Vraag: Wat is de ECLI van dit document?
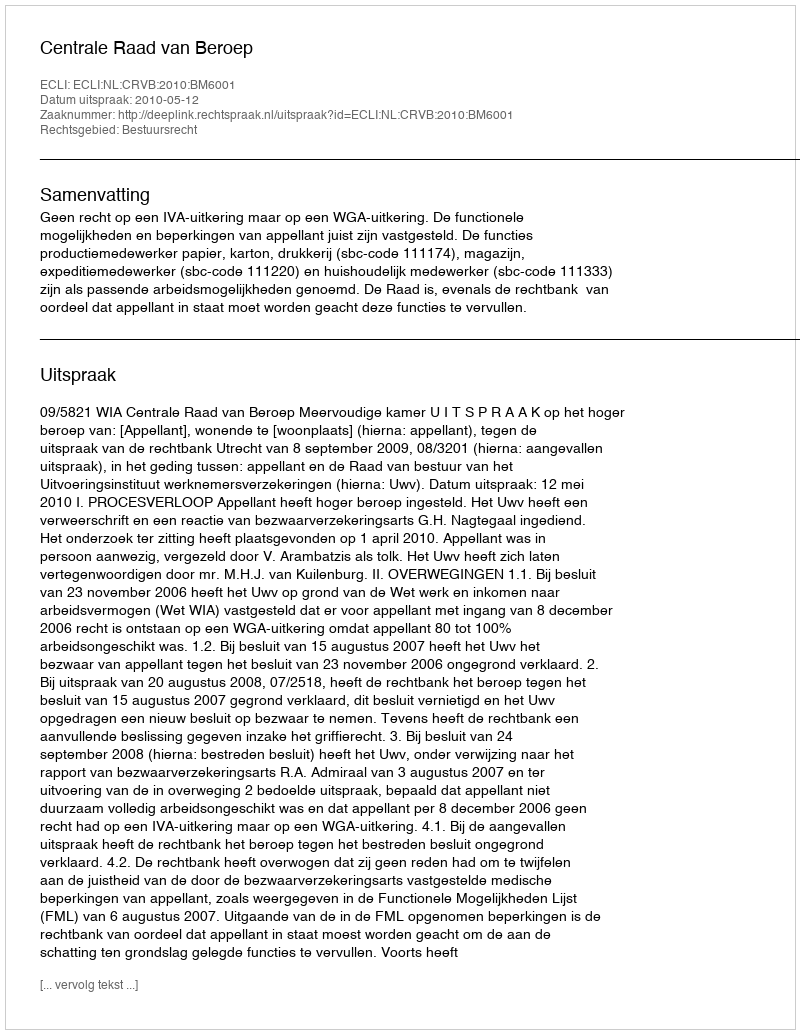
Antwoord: ECLI:NL:CRVB:2010:BM6001